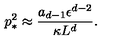
p _ { * } ^ { 2 } \approx { \frac { a _ { d - 1 } \epsilon ^ { d - 2 } } { \kappa L ^ { d } } } .